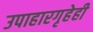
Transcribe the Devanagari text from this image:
उपाहारगृहेही